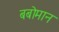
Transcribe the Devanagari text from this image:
बबोमान